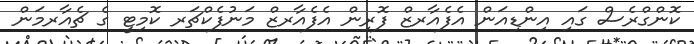
ކޮންގްރެސް ގައި އިންޑިއަން އެފެއާރޒް ފޮރިން އެފެއާރޒް މަނުފެކްޗަރ ކޮމިޓީ ގެ ޗެއާރމަން